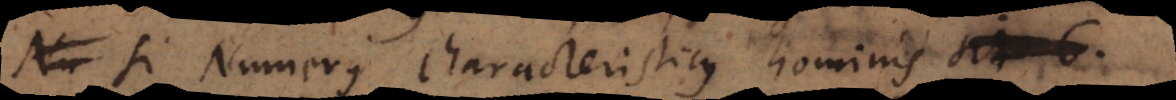
si Numerus characteristicus hominis fi